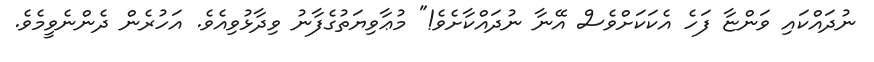
ނުދައްކައި ވަންޏާ ފަހެ އެކަކަށްވެސް އޭނާ ނުދައްކާށެވެ!" މުޢާވިޔަތުގެފާނު ވިދާޅުވިއެވެ. އަހުރެން ދެންނެވީމެވެ.